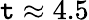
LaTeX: \mathtt{t}\approx4.5